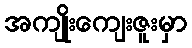
အကျိုးကျေးဇူးမှာ